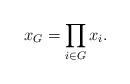
LaTeX: \begin{align*}x_G = \prod_{i \in G} x_i.\end{align*}